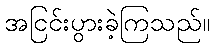
အငြင်းပွားခဲ့ကြသည်။